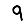
Digit: 9